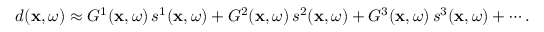
\begin{array} { r } { d ( \mathbf { x } , \omega ) \approx G ^ { 1 } ( \mathbf { x } , \omega ) \, s ^ { 1 } ( \mathbf { x } , \omega ) + G ^ { 2 } ( \mathbf { x } , \omega ) \, s ^ { 2 } ( \mathbf { x } , \omega ) + G ^ { 3 } ( \mathbf { x } , \omega ) \, s ^ { 3 } ( \mathbf { x } , \omega ) + \cdots . } \end{array}